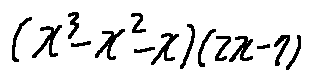
( x ^ { 3 } - x ^ { 2 } - x ) ( 2 x - 7 )